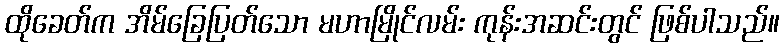
ထိုခေတ်က အိမ်ခြေပြတ်သော မဟာမြိုင်လမ်း ကုန်းအဆင်းတွင် ဖြစ်ပါသည်။